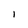
Character: l